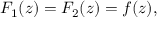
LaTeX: F _ { 1 } ( z ) = F _ { 2 } ( z ) = f ( z ) ,